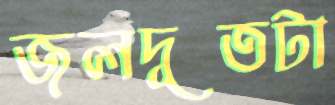
জলদূতটা